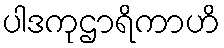
ပါဒကုဌာရိကာဟိ